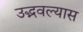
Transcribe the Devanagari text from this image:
उद्भवल्यास